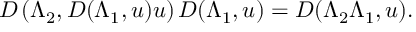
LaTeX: D \left( \Lambda _ { 2 } , D ( \Lambda _ { 1 } , u ) u \right) D ( \Lambda _ { 1 } , u ) = D ( \Lambda _ { 2 } \Lambda _ { 1 } , u ) .